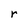
Character: r